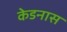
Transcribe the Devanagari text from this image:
केडनास